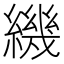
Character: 𬘁